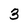
Character: 3